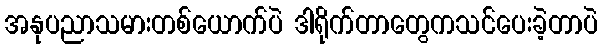
အနုပညာသမားတစ်ယောက်ပဲ ဒါရိုက်တာတွေကသင်ပေးခဲ့တာပဲ